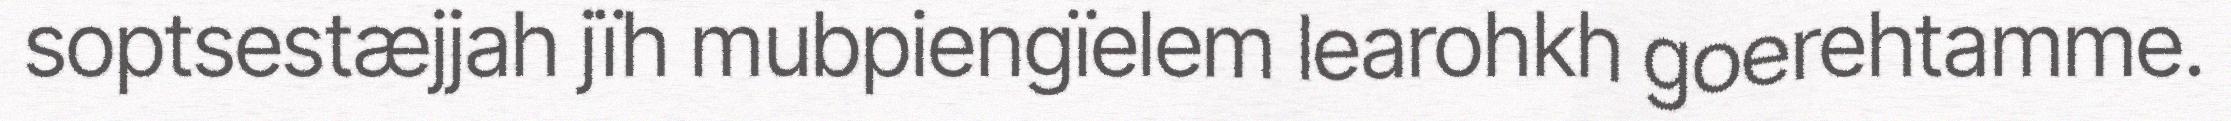
soptsestæjjah jïh mubpiengïelem learohkh goerehtamme.